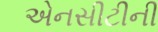
એનસીટીની